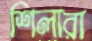
শিলারা